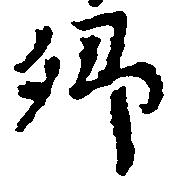
郷